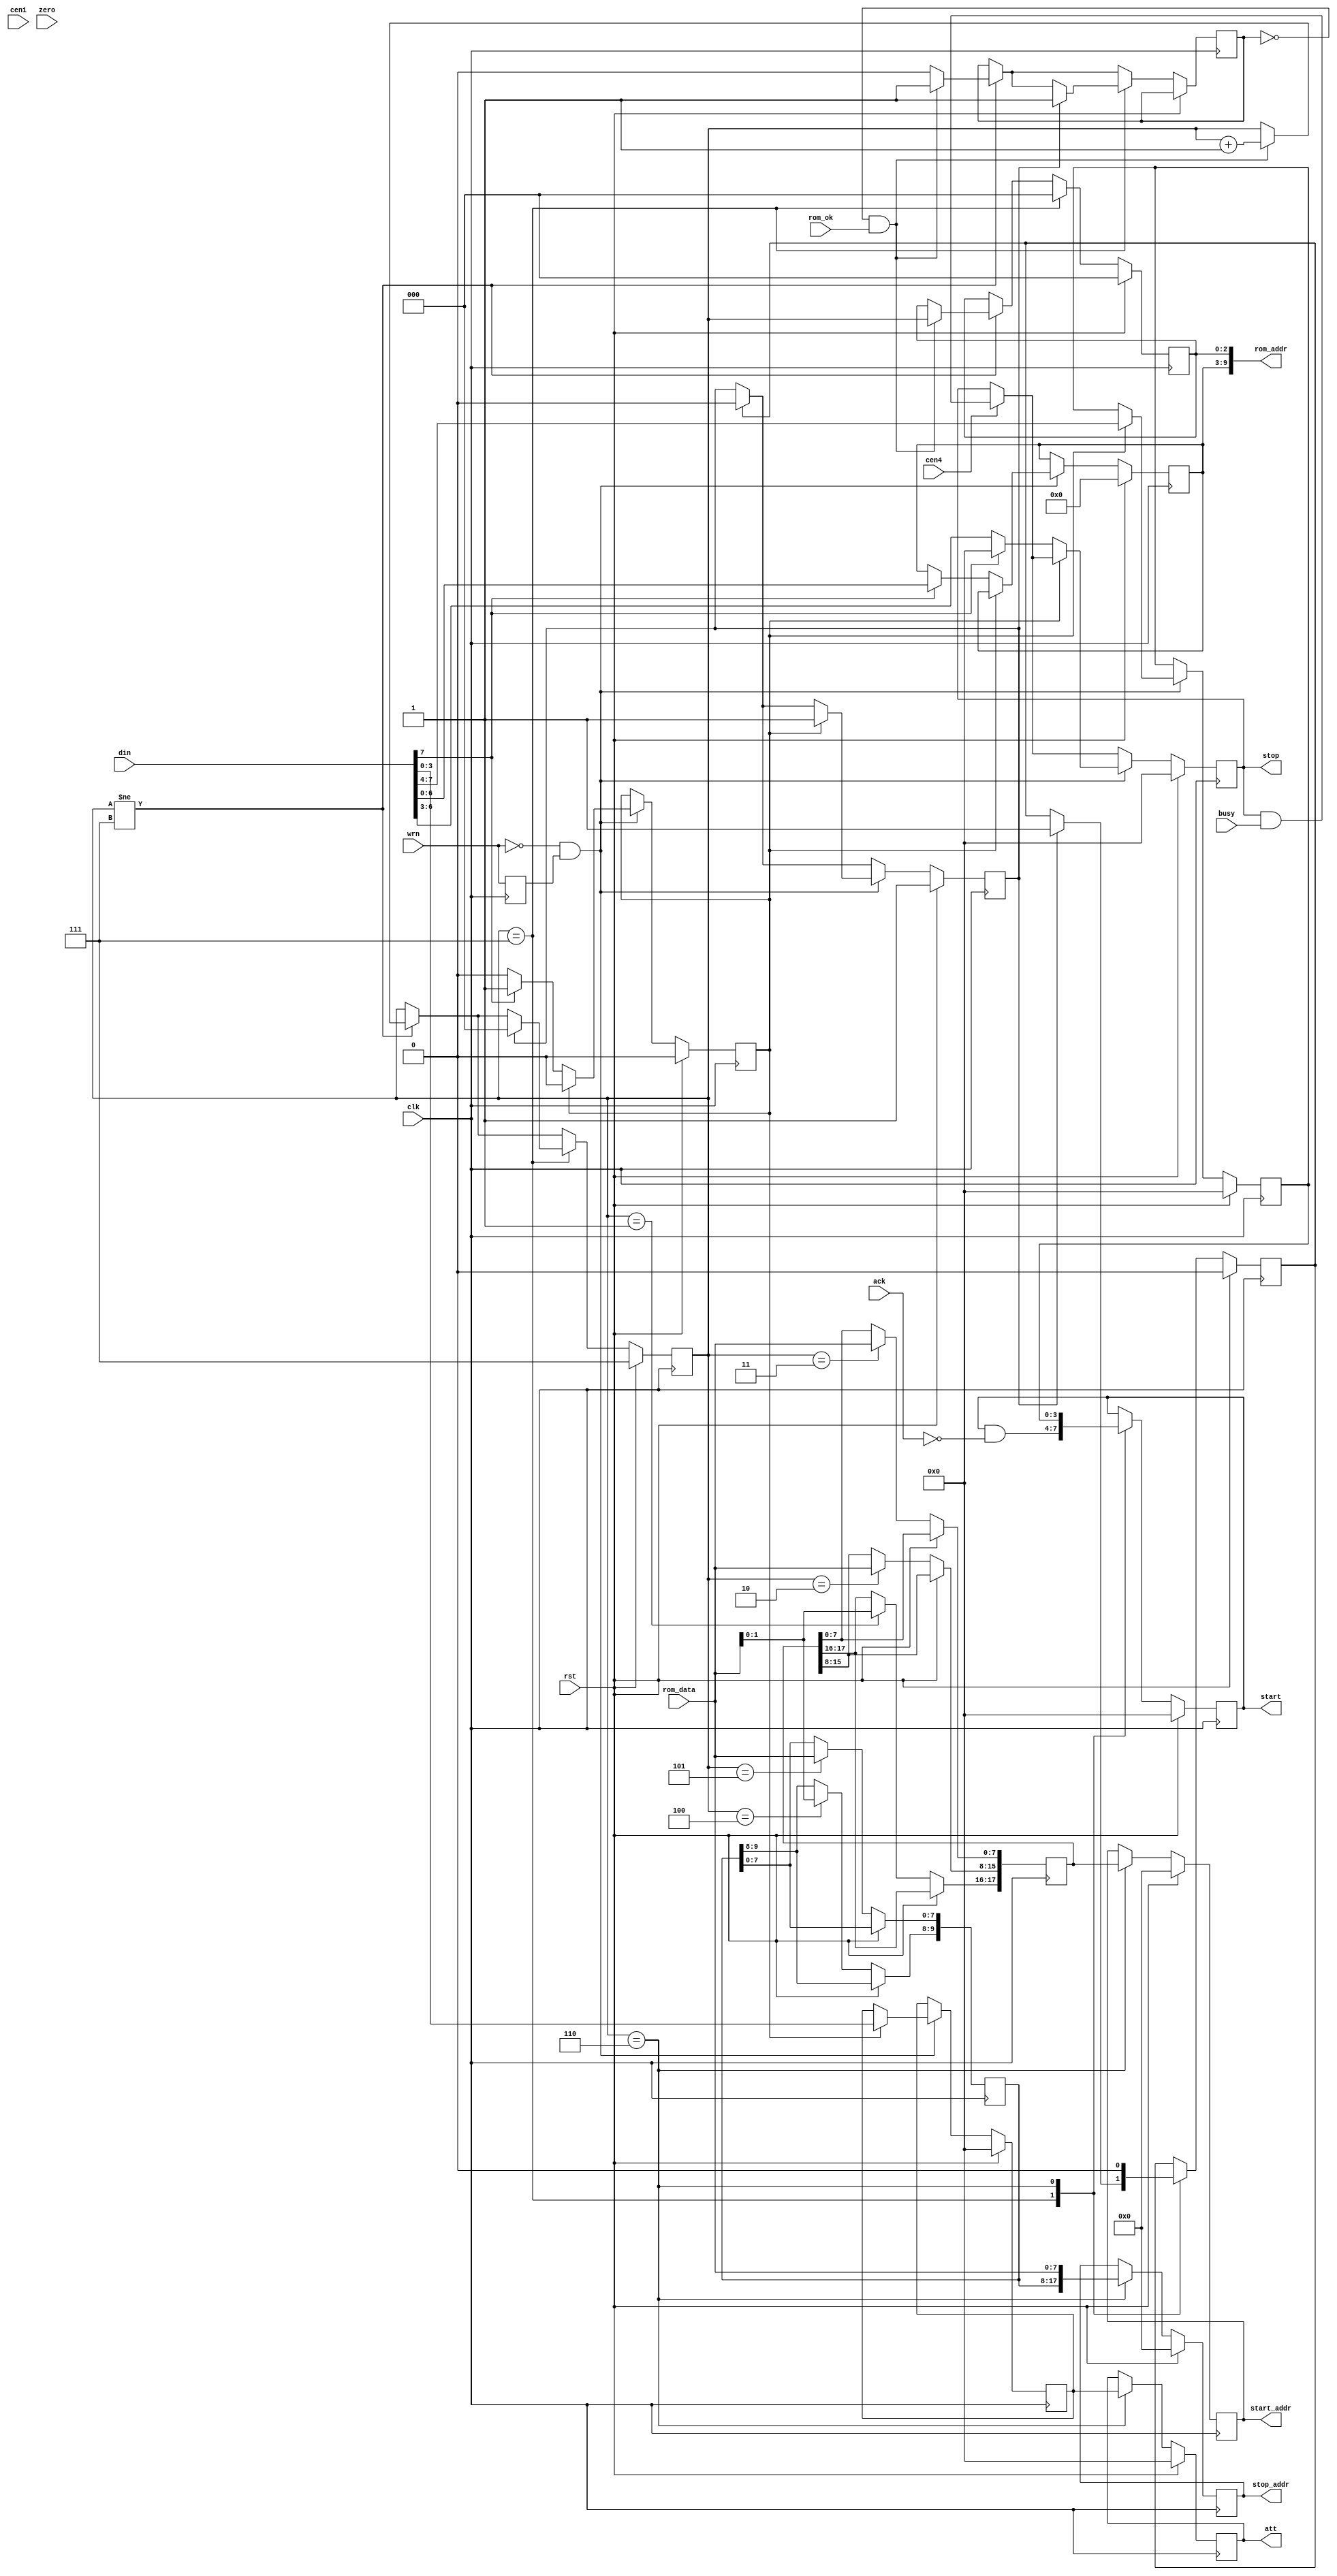
module jt6295_ctrl(
    input                  rst,
    input                  clk,
    input                  cen4,
    input                  cen1,
    // CPU
    input                  wrn,
    input      [ 7:0]      din,
    // Channel address
    output reg [17:0]      start_addr,
    output reg [17:0]      stop_addr,
    // Attenuation
    output reg [ 3:0]      att,
    // ROM interface
    output     [ 9:0]      rom_addr,
    input      [ 7:0]      rom_data,
    input                  rom_ok,
    // flow control
    output reg [ 3:0]      start,
    output reg [ 3:0]      stop,
    input      [ 3:0]      busy,
    input      [ 3:0]      ack,
    input                  zero
);

reg  last_wrn;
wire negedge_wrn  = !wrn && last_wrn;

// new request
reg [6:0] phrase;
reg       push, pull;
reg [3:0] ch, new_att;
reg       cmd;

always @(posedge clk) begin
    last_wrn <= wrn;
end

reg stop_clr;

`ifdef JT6295_DUMP
integer fdump;
integer ticks=0;
initial begin
    fdump=$fopen("jt6295.log");
end
always @(posedge zero) ticks<=ticks+1;
always @(posedge clk ) begin
    if( negedge_wrn ) begin
        if( !cmd && !din[7] ) begin
            $fwrite(fdump,"@%0d - Mute %1X\\\\\\\\\\\\\\\\\\\\\\\\\\\\\\\\n", ticks, din[6:3]);
        end
        if( cmd ) begin
            $fwrite(fdump,"@%0d - Start %1X, phrase %X, Att %X\\\\\\\\\\\\\\\\\\\\\\\\\\\\\\\\n",
                ticks, din[7:4], phrase, din[3:0] );
        end
    end
end
`endif


// Bus interface
always @(posedge clk) begin
    if( rst ) begin
        cmd      <= 1'b0;
        stop     <= 4'd0;
        ch       <= 4'd0;
        pull     <= 1'b1;
        phrase   <= 7'd0;
        new_att  <= 0;
    end else begin
        if( cen4 ) begin
            stop <= stop & busy;
        end
        if( push ) pull <= 1'b0;
        if( negedge_wrn  ) begin // new write
            if( cmd ) begin // 2nd byte
                ch      <= din[7:4];
                new_att <= din[3:0];
                cmd     <= 1'b0;
                pull    <= 1'b1;
            end
            else if( din[7] ) begin // channel start
                phrase <= din[6:0];
                cmd    <= 1'b1; // wait for second byte
                stop   <= 4'd0;
            end else begin // stop data
                stop   <= din[6:3];
            end
        end
    end
end

reg [17:0] new_start;
reg [17:8] new_stop;
reg [ 2:0] st, addr_lsb;
reg        wrom;

assign rom_addr = { phrase, addr_lsb };

// Request phrase address
always @(posedge clk) begin
    if( rst ) begin
        st         <= 7;
        att        <= 0;
        start_addr <= 0;
        stop_addr  <= 0;
        start      <= 0;
        push       <= 0;
        addr_lsb   <= 0;
    end else begin
        if( st!=7 ) begin
            wrom <= 0;
            if( !wrom && rom_ok ) begin
                st       <= st+3'd1;
                addr_lsb <= st;
                wrom     <= 1;
            end
        end
        case( st )
            7: begin
                start    <= start & ~ack;
                addr_lsb <= 0;
                if(pull) begin
                    st       <= 0;
                    wrom     <= 1;
                    push     <= 1;
                end
            end
            0:;
            1: new_start[17:16] <= rom_data[1:0];
            2: new_start[15: 8] <= rom_data;
            3: new_start[ 7: 0] <= rom_data;
            4: new_stop [17:16] <= rom_data[1:0];
            5: new_stop [15: 8] <= rom_data;
            6: begin
                start       <= ch;
                start_addr  <= new_start;
                stop_addr   <= {new_stop[17:8], rom_data} ;
                att         <= new_att;
                push        <= 0;
            end
        endcase
    end
end

endmodule